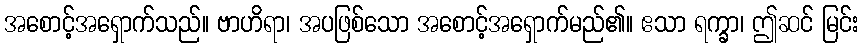
အစောင့်အရှောက်သည်။ ဗာဟိရာ၊ အပဖြစ်သော အစောင့်အရှောက်မည်၏။ ဧသာ ရက္ခာ၊ ဤဆင် မြင်း